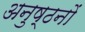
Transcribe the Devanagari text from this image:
अनुष्ठनों